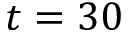
t = 3 0